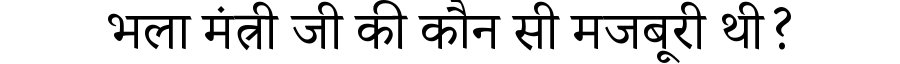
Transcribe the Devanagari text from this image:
भला मंत्री जी की कौन सी मजबूरी थी?